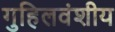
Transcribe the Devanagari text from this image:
गुहिलवंशीय